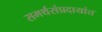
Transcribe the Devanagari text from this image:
समर्थसंप्रदायांत